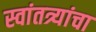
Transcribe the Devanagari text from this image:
स्वांतत्र्यांचा